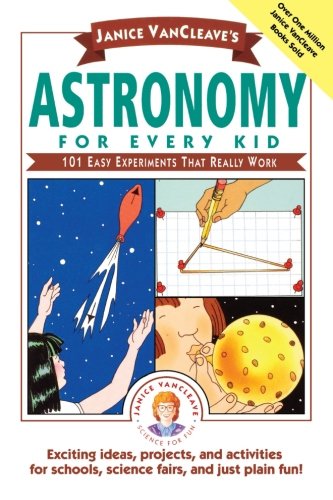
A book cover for Janice VanCleave's Astronomy for Every Kid: 101 Easy Experiments that Really Work; Janice VanCleave; Children's Books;